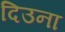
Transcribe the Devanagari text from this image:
दिउना